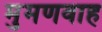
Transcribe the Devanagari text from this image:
मुमणवाह